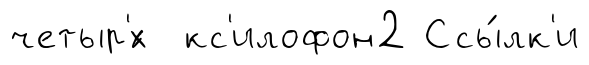
четыр'́х кс'илофон2 Ссы́лк'и